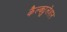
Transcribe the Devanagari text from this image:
कैल्क्युलेशन